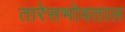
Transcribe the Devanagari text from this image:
तारेसभोवताल